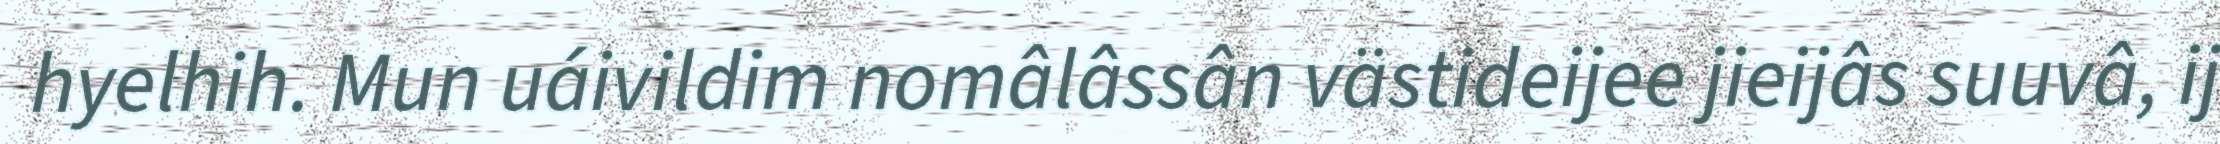
hyelhih. Mun uáivildim nomâlâssân västideijee jieijâs suuvâ, ij